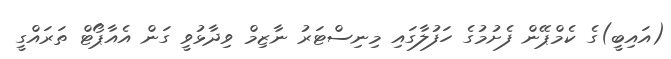
(އައިބީ)ގެ ކެމްޕޭން ފެށުމުގެ ހަފުލާގައި މިނިސްޓަރު ނާޒިމް ވިދާޅުވީ ގަން އެއާޕޯޓް ތަރައްގީ